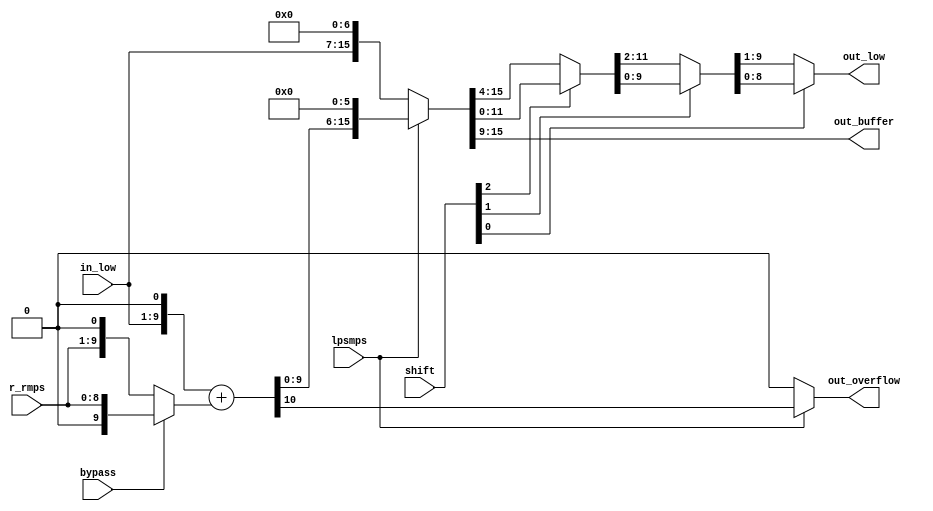
//-----------------------------------------------------------------------------------------------------------------------------
//
//  COPYRIGHT (C) 2011, VIPcore Group, Fudan University
//
//  THIS FILE MAY NOT BE MODIFIED OR REDISTRIBUTED WITHOUT THE
//  EXPRESSED WRITTEN CONSENT OF VIPcore Group
//
//  VIPcore       : http://soc.fudan.edu.cn/vip
//  IP Owner      : Yibo FAN
//  Contact       : fanyibo@fudan.edu.cn
//-----------------------------------------------------------------------------------------------------------------------------
// Description    : update low value
// DATA & EDITION:  2017/12/26    from waseda
//                  2018/3/01   edit by liwei
// $Id$
//-----------------------------------------------------------------------------------------------------------------------------

module cabac_ulow_1bin(
           in_low,
           bypass,
           lpsmps,
           shift,
           r_rmps,

           out_low,
           out_overflow,
           out_buffer
       );

//input and output signals //{
input		[8:0]	in_low;
input				bypass;
input				lpsmps;
input		[2:0]	shift;
input		[8:0]	r_rmps;

output	wire[8:0]	out_low;
output	wire		out_overflow;
output	wire[6:0]	out_buffer;
//}

//signals //{
wire		[9:0]		range_rmps;
wire		[9:0]		wire_low_add;
wire					wire_out_overflow;
wire		[15:0]		wire_low_before_shift;
wire		[11:0]		wire_low_before_shift_1;
wire		[9:0]		wire_low_before_shift_2;
wire		[8:0]		wire_low_before_shift_3;
//}

//logics //{
assign	range_rmps							=	bypass ? {1'b0, r_rmps} : {r_rmps, 1'b0};
assign	{wire_out_overflow, wire_low_add}	=	{1'b0, in_low[8:0], 1'b0} + {1'b0, range_rmps};
assign	wire_low_before_shift				=	lpsmps ? {wire_low_add, 6'b0} : {in_low, 7'b0};
assign	out_overflow					=	lpsmps ? wire_out_overflow : 0;

assign	wire_low_before_shift_1			=	shift[2] ? wire_low_before_shift[11:0] : wire_low_before_shift[15:4];
assign	wire_low_before_shift_2			=	shift[1] ? wire_low_before_shift_1[9:0] : wire_low_before_shift_1[11:2];
assign	wire_low_before_shift_3			=	shift[0] ? wire_low_before_shift_2[8:0] : wire_low_before_shift_2[9:1];

assign	out_buffer						=	wire_low_before_shift[15:9];
assign	out_low							=	wire_low_before_shift_3;
//}

endmodule